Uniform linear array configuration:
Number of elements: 8
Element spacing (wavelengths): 0.75
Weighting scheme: cosine
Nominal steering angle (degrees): -60
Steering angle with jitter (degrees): -60.857
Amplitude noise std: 0.05
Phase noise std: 0.05

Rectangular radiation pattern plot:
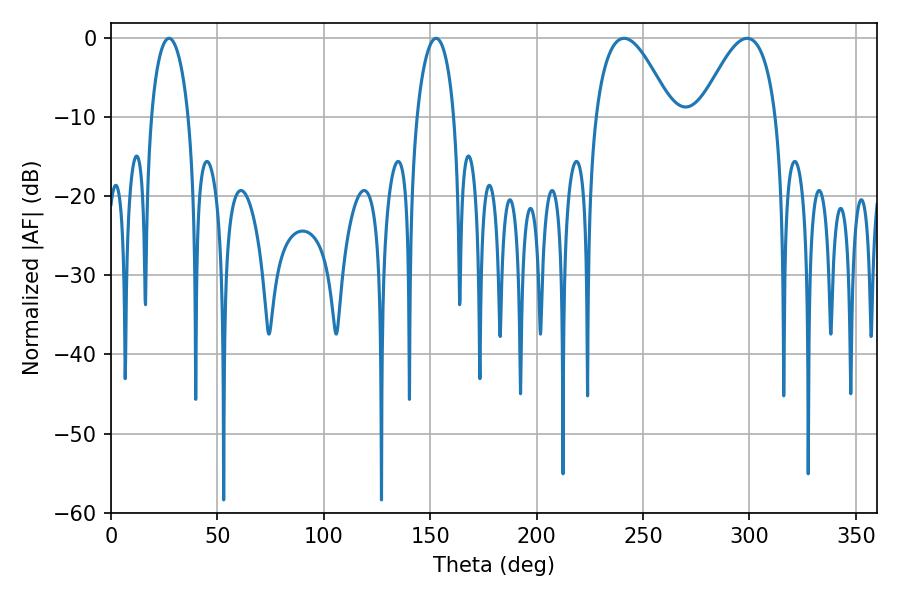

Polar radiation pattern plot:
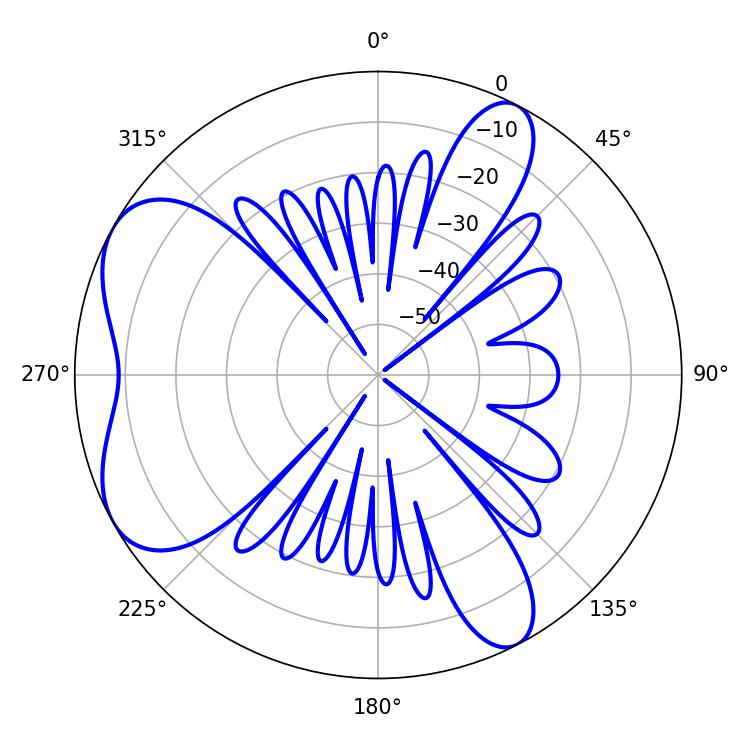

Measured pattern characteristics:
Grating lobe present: TRUE
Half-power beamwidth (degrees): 19.44
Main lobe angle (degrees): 241.02